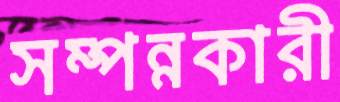
সম্পন্নকারী